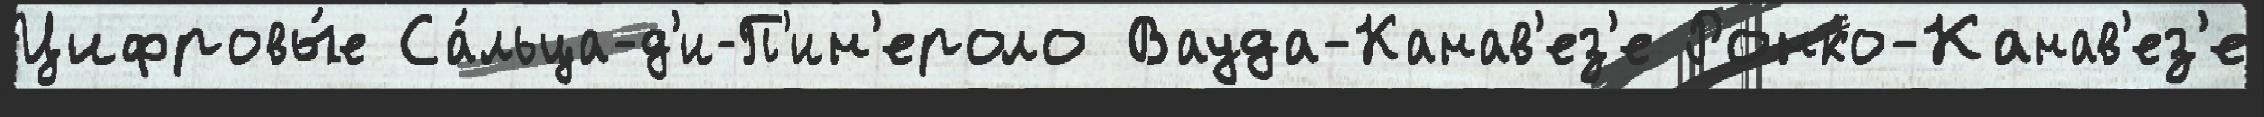
Цифровы́е Са́льца-д'и-П'ин'ероло Вауда-Канав'ез'е Ронко-Канав'ез'е